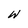
Character: w